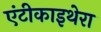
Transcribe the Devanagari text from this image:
एंटीकाइथेरा